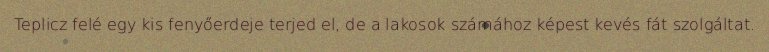
Teplicz felé egy kis fenyőerdeje terjed el, de a lakosok számához képest kevés fát szolgáltat.